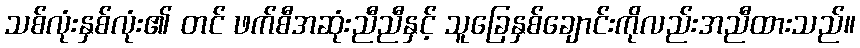
သစ်လုံးနှစ်လုံး၏ တင် ဖက်စီအဆုံးညီညီနှင့် သူခြေနှစ်ချောင်းကိုလည်းအညီထားသည်။